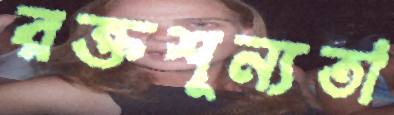
রক্তশূন্যতা